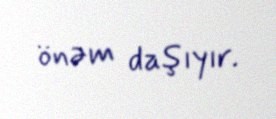
önəm daşıyır.